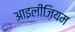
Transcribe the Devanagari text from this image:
आइलीज़ियम